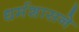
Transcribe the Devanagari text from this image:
धर्मशासने